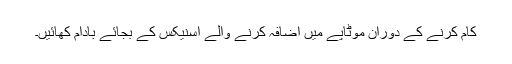
کام کرنے کے دوران موٹاپے میں اضافہ کرنے والے اسنیکس کے بجائے بادام کھائیں۔